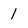
Character: 1